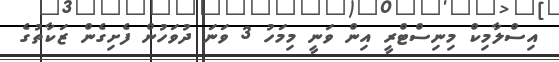
އިސްލާމިކް މިނިސްޓްރީ އިން ވަނީ މިމަހު 3 ވަނަ ދުވަހުން ފެށިގެން ޒަކާތުގެ